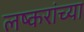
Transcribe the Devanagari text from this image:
लष्करांच्या